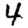
Digit: 4